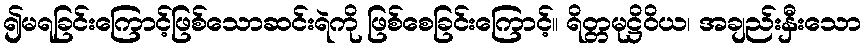
၍မရခြင်းကြောင့်ဖြစ်သောဆင်းရဲကို ဖြစ်စေခြင်းကြောင့်။ ရိတ္တမုဋ္ဌိဝိယ၊ အချည်းနှီးသော